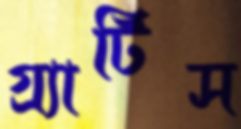
গ্র্যাটিস